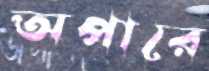
অপারে